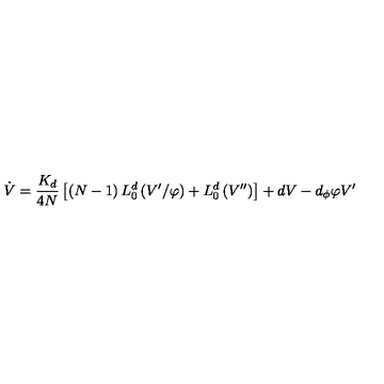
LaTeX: \dot { V } = \frac { K _ { d } } { 4 N } \left[ \left( N - 1 \right) L _ { 0 } ^ { d } \left( V ^ { \prime } / \varphi \right) + L _ { 0 } ^ { d } \left( V ^ { \prime \prime } \right) \right] + d V - d _ { \phi } \varphi V ^ { \prime }